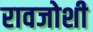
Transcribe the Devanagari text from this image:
रावजोशी